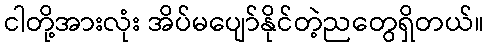
ငါတို့အားလုံး အိပ်မပျော်နိုင်တဲ့ညတွေရှိတယ်။